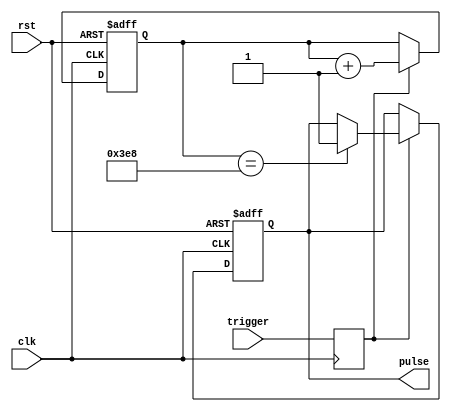
module one_shot_timer (
    input wire clk,
    input wire rst,
    input wire trigger,
    output reg pulse
);

reg [15:0] count;
reg sync_trigger;

always @(posedge clk or posedge rst) begin
    if (rst) begin
        count <= 16'b0;
        pulse <= 1'b0;
    end else begin
        if (sync_trigger) begin
            count <= count + 1;
            if (count == 16'd1000) begin // Change duration as needed
                pulse <= 1'b1;
            end
        end
    end
end

always @(posedge clk) begin
    sync_trigger <= trigger;
end

endmodule